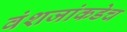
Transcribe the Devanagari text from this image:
वंशजांकडेच